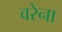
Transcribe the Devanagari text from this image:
वरेना